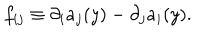
f _ { i j } \equiv \partial _ { i } a _ { j } ( y ) - \partial _ { j } a _ { i } ( y ) .